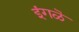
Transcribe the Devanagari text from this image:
इंगळॆ